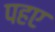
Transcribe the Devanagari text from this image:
पहए